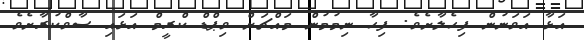
އަޅާ އަވަނުން ފިހެލާށެވެ. ފިހާ ނިމުމުން މައްޗަށް ވިޕްޑް ކްރީމް އަޅައި ސާވްކުރާށެވެ